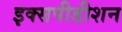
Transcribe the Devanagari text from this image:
इक्सपीडीशन